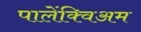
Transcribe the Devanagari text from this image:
पालेंक्विअम